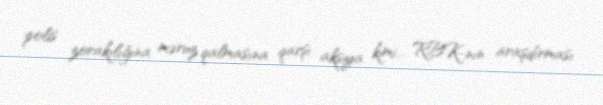
polis zorakılığına məruz qalmasına qarşı aksiya kimi... RBK-nın araşdırması